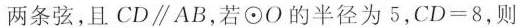
两条弦，且CD\parallel AB，若⊙O的半径为5，$$C D = 8$$，则